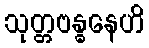
သုတ္တဗန္ဓနေဟိ